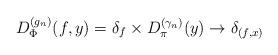
LaTeX: \begin{align*}D_{\Phi}^{(g_{n})}(f,y) = \delta_{f} \times D_{\pi}^{(\gamma_{n})}(y) \to \delta_{(f,x)}\end{align*}